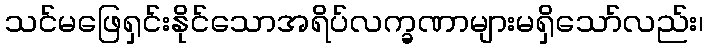
သင်မဖြေရှင်းနိုင်သောအရိပ်လက္ခဏာများမရှိသော်လည်း၊